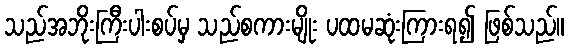
သည်အဘိုးကြီးပါးစပ်မှ သည်စကားမျိုး ပထမဆုံးကြားရ၍ ဖြစ်သည်။